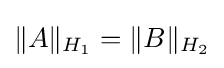
\|A\|_{H_{1}}=\|B\|_{H_{2}}